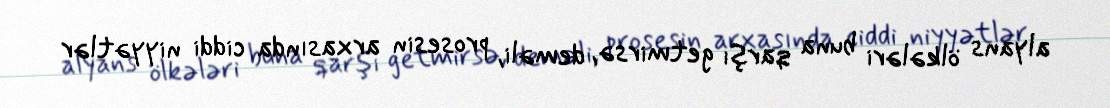
alyans ölkələri buna qarşı getmirsə, deməli, prosesin arxasında ciddi niyyətlər